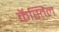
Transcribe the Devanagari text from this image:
कॅस्तिल